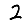
Digit: 2